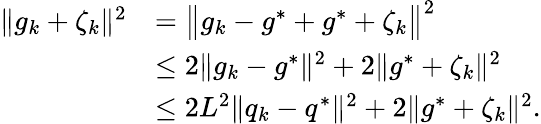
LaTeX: \begin{array}{rl}{\| g_{k}+\zeta_{k}\| ^{2}}&{=\big\| g_{k}-g^{*}+g^{*}+\zeta_{k}\big\| ^{2}}\\ &{\leq 2\| g_{k}-g^{*}\| ^{2}+2\| g^{*}+\zeta_{k}\| ^{2}}\\ &{\leq 2L^{2}\| q_{k}-q^{*}\| ^{2}+2\| g^{*}+\zeta_{k}\| ^{2}.}\end{array}